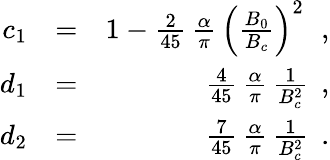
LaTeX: \begin{array}{rlr}{c_{1}}&{=}&{1-\frac{2}{45}\, \frac{\alpha}{\pi}\, \left(\frac{B_{0}}{B_{c}}\right)^{2}\, \, \; ,}\\ {d_{1}}&{=}&{\frac{4}{45}\, \frac{\alpha}{\pi}\, \frac{1}{B_{c}^{2}}\, \; ,}\\ {d_{2}}&{=}&{\frac{7}{45}\, \frac{\alpha}{\pi}\, \frac{1}{B_{c}^{2}}\, \; .}\end{array}